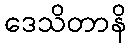
ဒေသိတာနိ